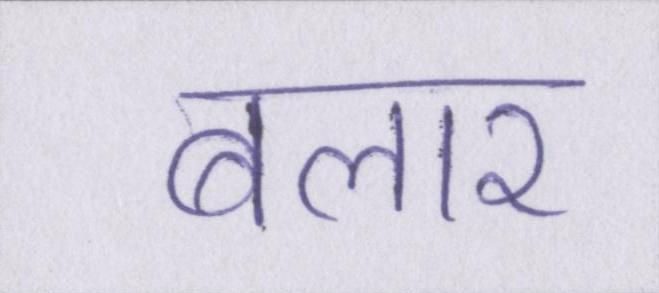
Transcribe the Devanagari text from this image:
बलार